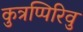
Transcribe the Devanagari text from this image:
कुत्रप्पिरिवु